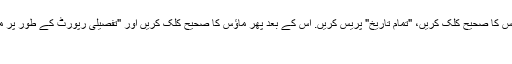
کا جواب: ٹرمینل ونڈو میں برائے مہربانی "اکاؤنٹ کی تاریخ" ٹیب کھولیں. ماؤس کا صحیح کلک کریں، "تمام تاریخ" پریس کریں. اس کے بعد پھر ماؤس کا صحیح کلک کریں اور "تفصیلی رپورٹ کے طور پر محفوظ کریں" دبائیں. اس کے بعد آپ اسے ای میل کے ذریعے بھیج سکتے ہیں.
سمیں اپنے اکاؤنٹ کو کیسے پھیل سکتا ہوں؟